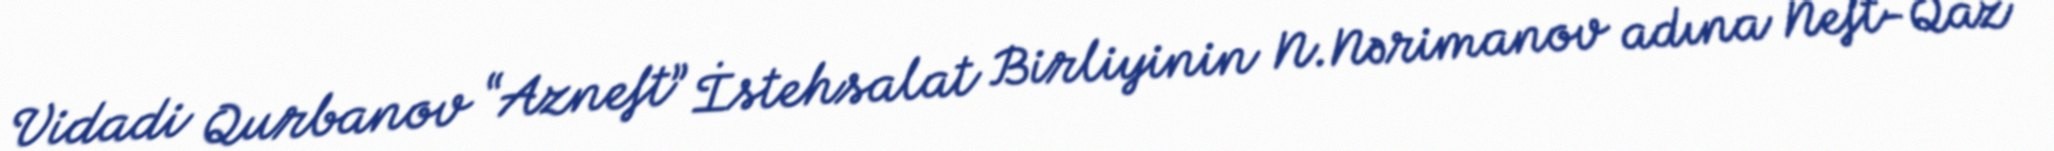
Vidadi Qurbanov “Azneft” İstehsalat Birliyinin N.Nərimanov adına Neft-Qaz